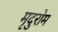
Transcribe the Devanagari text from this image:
मृदुरोम